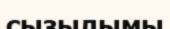
сызылымы